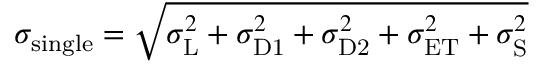
\sigma _ { \mathrm { s i n g l e } } = \sqrt { \sigma _ { \mathrm { L } } ^ { 2 } + \sigma _ { \mathrm { D 1 } } ^ { 2 } + \sigma _ { \mathrm { D 2 } } ^ { 2 } + \sigma _ { \mathrm { E T } } ^ { 2 } + \sigma _ { \mathrm { S } } ^ { 2 } }